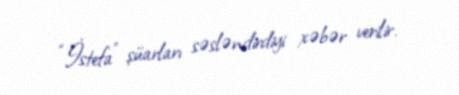
“İstefa” şüarları səsləndirdiyi xəbər verilir.